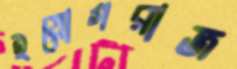
ইয়োগরাজ